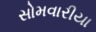
સોમવારીયા